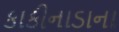
કાકીનાડાના